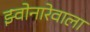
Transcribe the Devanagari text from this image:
झ्वोनारेवाला